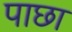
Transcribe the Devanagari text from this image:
पाछा